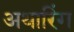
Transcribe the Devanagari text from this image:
अथारिंग